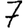
Digit: 7